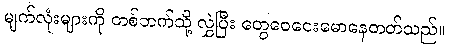
မျက်လုံးများကို တစ်ဘက်သို့ လွှဲပြီး တွေဝေငေးမောနေတတ်သည်။